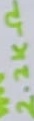
Text: 2.2KΩ